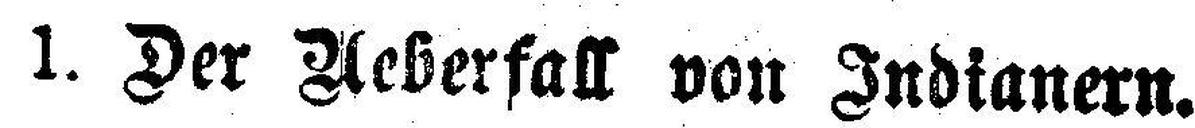
1. Der Aeberfall von Indianern.